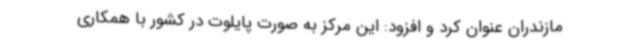
مازندران عنوان کرد و افزود: این مرکز به صورت پایلوت در کشور با همکاری